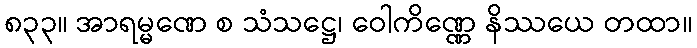
၈၃၃။ အာရမ္မဏေ စ သံသဋ္ဌေ၊ ဝေါကိဏ္ဏေ နိဿယေ တထာ။